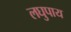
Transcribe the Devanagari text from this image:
लघुपाय